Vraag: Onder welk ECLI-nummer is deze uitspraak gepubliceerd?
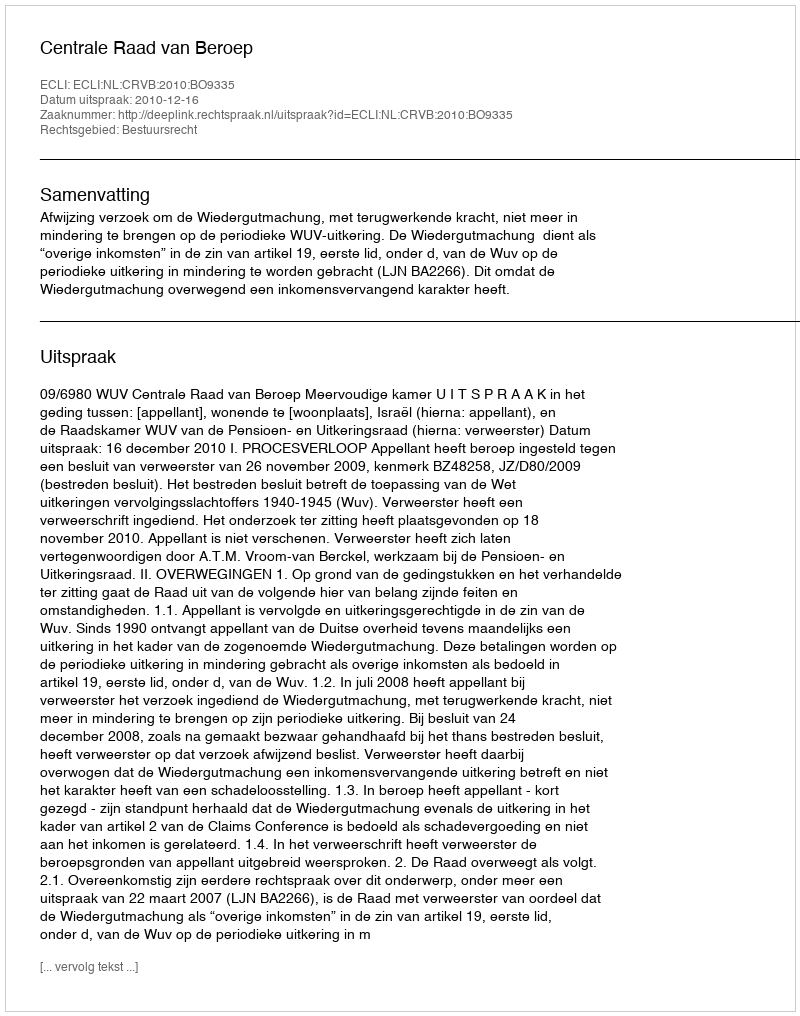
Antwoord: ECLI:NL:CRVB:2010:BO9335